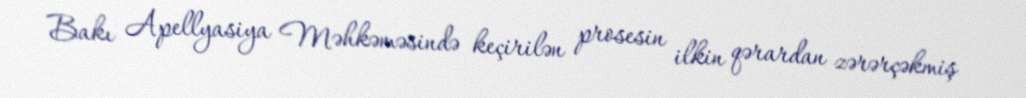
Bakı Apellyasiya Məhkəməsində keçirilən prosesin ilkin qərardan zərərçəkmiş